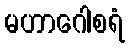
မဟာဂေါစရံ